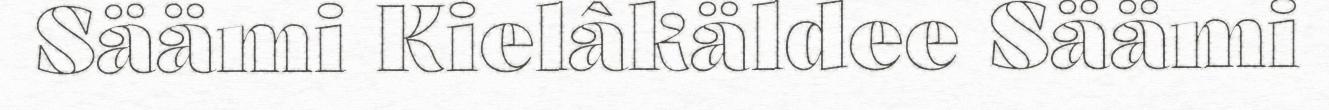
Säämi Kielâkäldee Säämi